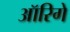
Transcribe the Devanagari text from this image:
ऑरिगे